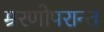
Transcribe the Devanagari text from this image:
म्ररणोपरान्त